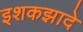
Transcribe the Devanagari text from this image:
इशकझादे